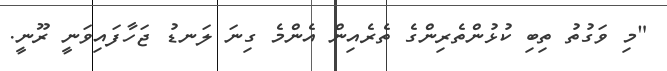
"މި ވަގުތު ތިބި ކުޅުންތެރިންގެ ތެރެއިން އެންމެ ގިނަ ލަނޑު ޖަހާފައިވަނީ ރޫނީ.